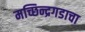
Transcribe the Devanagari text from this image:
मच्छिन्द्रगडाचा